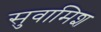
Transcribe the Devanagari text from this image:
सुवामिश